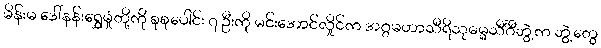
မိန်းမ ဒေါ်နန်းရွှေမှုံတို့ကို စုစုပေါင်း ၇ ဦးကို မင်းအောင်လှိုင်က အဂ္ဂမဟာသီရိသုဓမ္မသီင်္ဂီဘွဲ့က ဘွဲ့တွေ